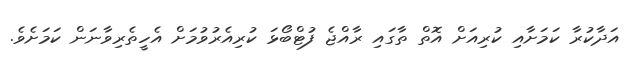
އަދާކުރާ ކަމަށާއި ކުރިއަށް އޮތް ތާގައި ރާއްޖެ ފުޓްބޯޅަ ކުރިއެރުވުމަށް އެހީތެރިވާނަން ކަމަށެވެ.